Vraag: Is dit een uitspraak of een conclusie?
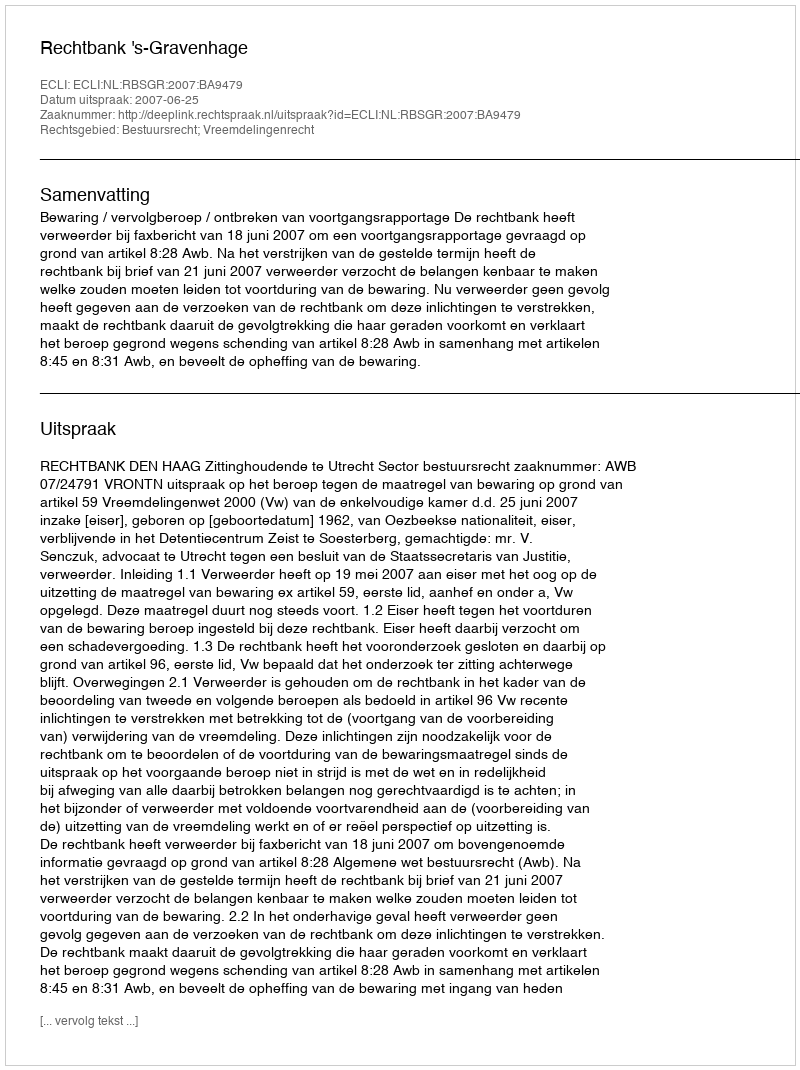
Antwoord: Uitspraak